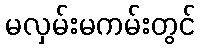
မလှမ်းမကမ်းတွင်